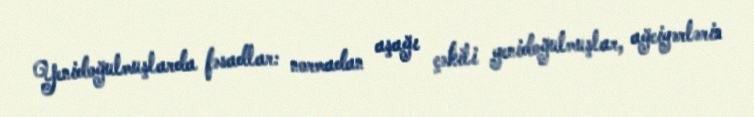
Yenidoğulmuşlarda fəsadlar: normadan aşağı çəkili yenidoğulmuşlar, ağciyərlərin